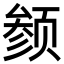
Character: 𬱬